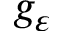
g _ { \varepsilon }